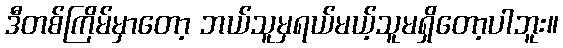
ဒီတစ်ကြိမ်မှာတော့ ဘယ်သူမှရယ်မယ့်သူမရှိတော့ပါဘူး။